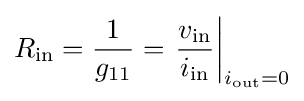
R_{\text{in}}={\frac {1}{g_{11}}}=\left.{\frac {v_{\text{in}}}{i_{\text{in}}}}\right|_{i_{\text{out}}=0}